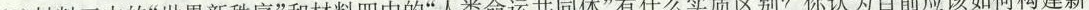
(3)材料三中的”世界新秩序”和材料四中的”人类命运共同体”有什么实质区别?你认为目前应如何构建新